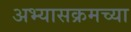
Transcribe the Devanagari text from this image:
अभ्यासक्रमच्या